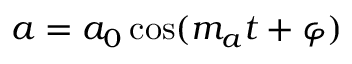
a = a _ { 0 } \cos ( m _ { a } t + \varphi )